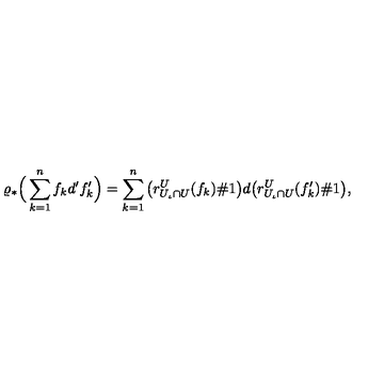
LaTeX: \varrho _ { * } \Big ( \sum _ { k = 1 } ^ { n } f _ { k } d ^ { \prime } f _ { k } ^ { \prime } \Big ) = \sum _ { k = 1 } ^ { n } \big ( r _ { U _ { \iota } \cap U } ^ { U } ( f _ { k } ) \# 1 \big ) d \big ( r _ { U _ { \iota } \cap U } ^ { U } ( f _ { k } ^ { \prime } ) \# 1 \big ) ,